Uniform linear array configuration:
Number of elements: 64
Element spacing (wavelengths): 1
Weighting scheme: cosine
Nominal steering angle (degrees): -15
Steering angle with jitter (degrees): -16.701
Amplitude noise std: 0.05
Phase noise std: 0.05

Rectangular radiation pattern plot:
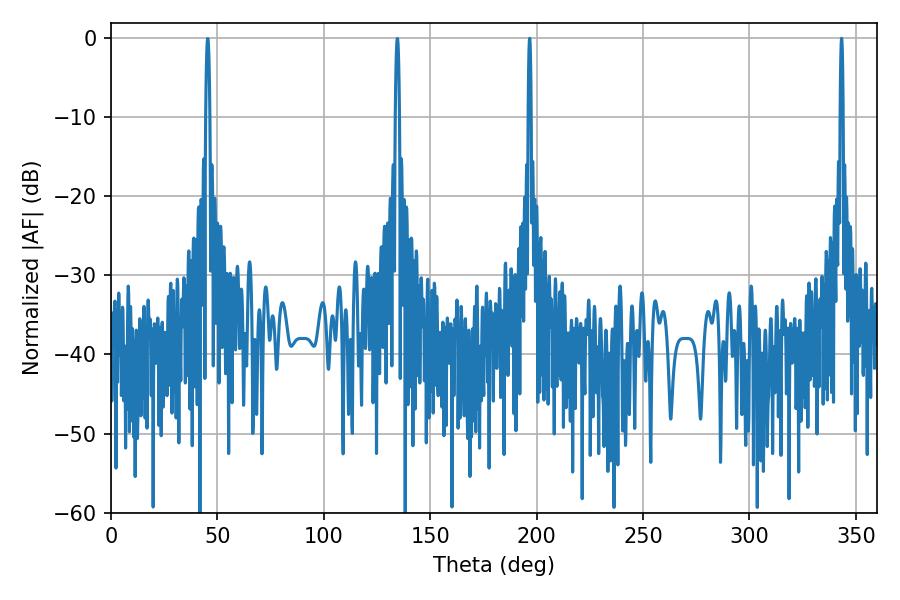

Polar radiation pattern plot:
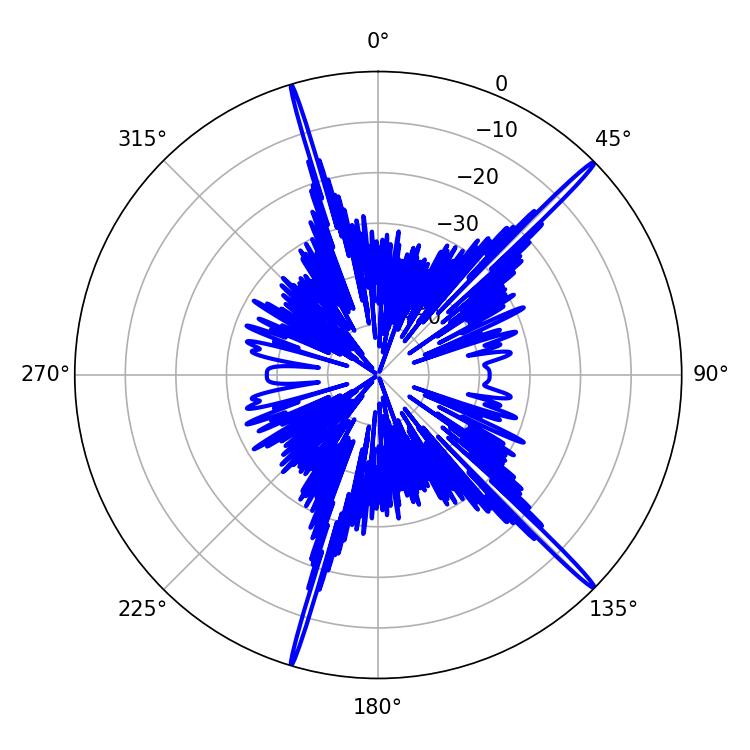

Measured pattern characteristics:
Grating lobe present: TRUE
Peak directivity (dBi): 19.466
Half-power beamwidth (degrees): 0.72
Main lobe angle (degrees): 343.26